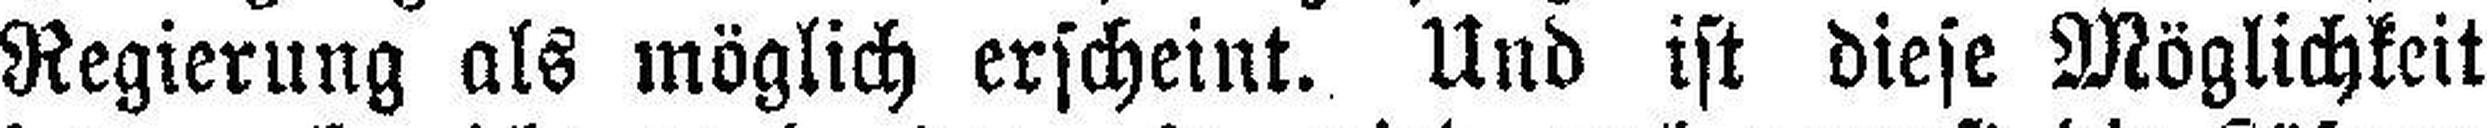
Regierung als möglich erscheint. Und ist diese Möglichkeit